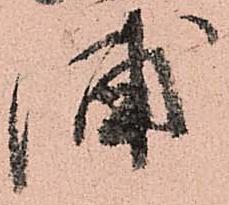
浦